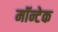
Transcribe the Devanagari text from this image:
मॉन्टेक